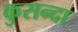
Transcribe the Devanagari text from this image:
कुसन्दा